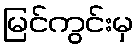
မြင်ကွင်းမှ